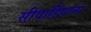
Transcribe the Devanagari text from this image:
सीवार्डियाना